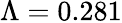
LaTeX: \Lambda=0.281